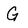
Character: G